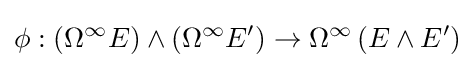
\phi :\left(\Omega ^{\infty }E\right)\wedge \left(\Omega ^{\infty }E'\right)\to \Omega ^{\infty }\left(E\wedge E'\right)